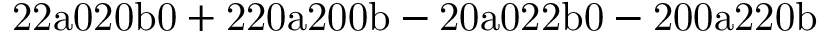
\mathrm { 2 2 a 0 2 0 b 0 + 2 2 0 a 2 0 0 b - 2 0 a 0 2 2 b 0 - 2 0 0 a 2 2 0 b }